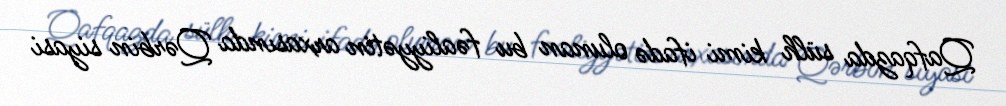
Qafqazda sülh kimi ifadə olunan bu fəaliyyətin arxasında Qərbin siyasi